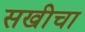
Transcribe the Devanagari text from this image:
सखीचा